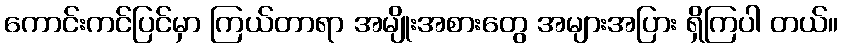
ကောင်းကင်ပြင်မှာ ကြယ်တာရာ အမျိုးအစားတွေ အများအပြား ရှိကြပါ တယ်။